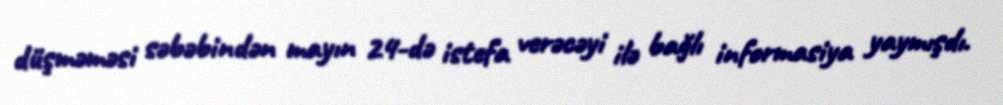
düşməməsi səbəbindən mayın 24-də istefa verəcəyi ilə bağlı informasiya yaymışdı.